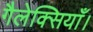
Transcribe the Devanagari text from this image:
गैलेक्सियाँ।